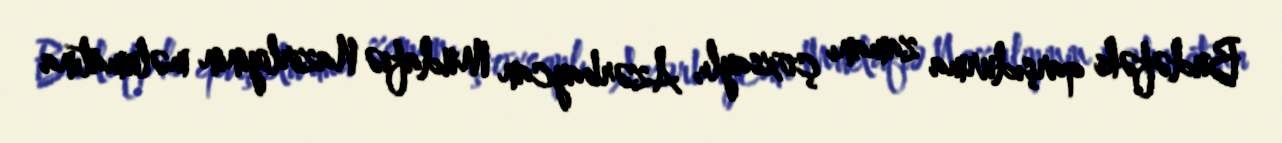
Budəfəki qarşıdurma zamanı çoxsaylı, Azərbaycan Müdafiə Nazirliyinin məlumatına